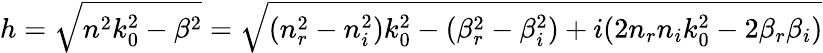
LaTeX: h=\sqrt{n^{2}k_{0}^{2}-\beta^{2}}=\sqrt{(n_{r}^{2}-n_{i}^{2})k_{0}^{2}-(\beta_{r}^{2}-\beta_{i}^{2})+i(2n_{r}n_{i}k_{0}^{2}-2\beta_{r}\beta_{i})}